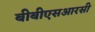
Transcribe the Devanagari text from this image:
बीबीएसआरसी